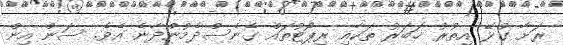
ރަށާ ގުޅޭ އިތުރު ޚަބަރު ތަކާއި ރިޕޯޓުތައް ގެނެސްދެމުންދާނެ އެވެ. ސަން އިން